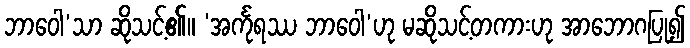
ဘာဝေါ’သာ ဆိုသင့်၏။ ‘အင်္ကုရဿ ဘာဝေါ’ဟု မဆိုသင့်တကားဟု အာဘောဂပြု၍